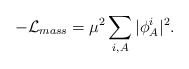
\begin{align*}-{\cal L}_{mass}=\mu^2\sum_{i,A}\vert \phi_A^i \vert^2.\end{align*}